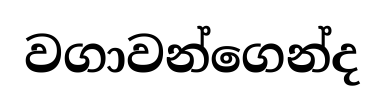
වගාවන්ගෙන්ද